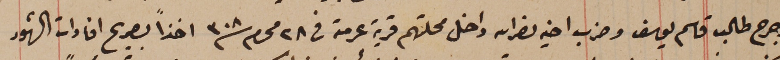
وجرح طالب قاسم يوسف وضرب اخيه نصرالله داخل محلتهم قرية عرمتى فى ٢٨ محرم سنة ٣٠٨ اخذاً بصريح افادات الشهود